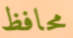
محافظ